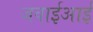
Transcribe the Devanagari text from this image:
जवाईआई